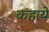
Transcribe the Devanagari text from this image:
कहाये